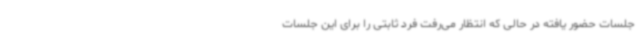
جلسات حضور یافته در حالی که انتظار می‌رفت فرد ثابتی را برای این جلسات